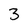
Character: 3